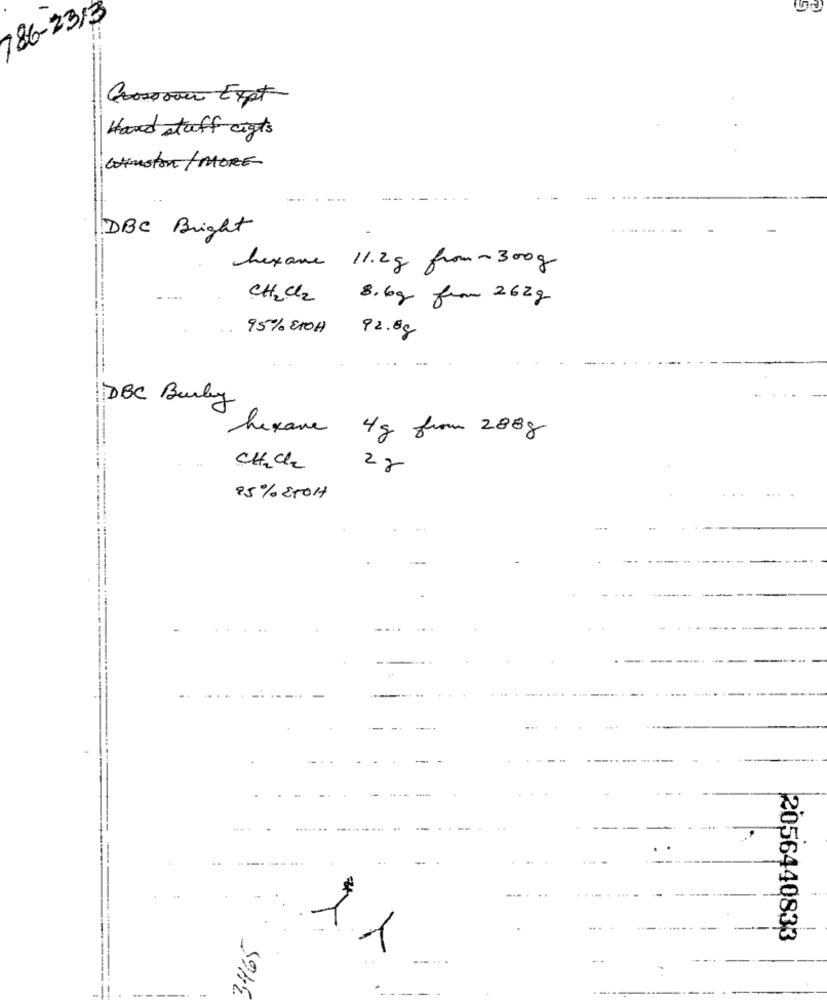
786-2313
Grossoan Expt-
Hand stuff cigts
aston / MORE
DBC Bright
hexane 11.2g from ~ 300g
CH2Cl2
8.6g from 262g
--.
95% ETOH
92.88
DBC Burly
hexane
4g from 288g
CH2Cz
2 g
85%2101
---
.....
3465
2056440833
11